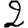
Digit: 2